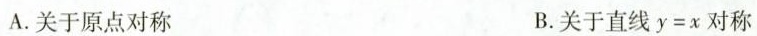
A.关于原点对称 B.关于直线$$y = x$$对称